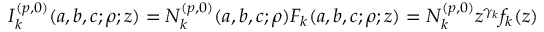
I _ { k } ^ { ( p , 0 ) } ( a , b , c ; \rho ; z ) = N _ { k } ^ { ( p , 0 ) } ( a , b , c ; \rho ) F _ { k } ( a , b , c ; \rho ; z ) = N _ { k } ^ { ( p , 0 ) } z ^ { \gamma _ { k } } f _ { k } ( z )